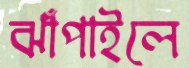
ঝাঁপাইলে